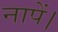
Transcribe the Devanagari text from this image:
नापें।